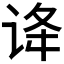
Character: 𬣺